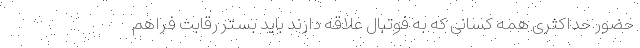
حضور حداکثری همه کسانی که به فوتبال علاقه دارند باید بستر رقابت فراهم